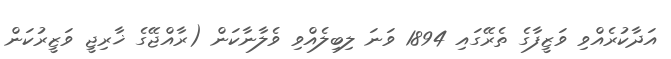
އަދާކުރެއްވި ވަޒީފާގެ ތެރޭގައި 1894 ވަނަ ލިބިލެއްވި ވެލާނާކަން (ރާއްޖޭގެ ޚާރިޖީ ވަޒީރުކަން